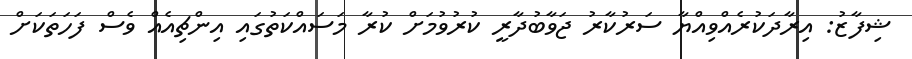
ޝިފާޒު: އިރާދަކުރެއްވިއްޔާ ސަރުކާރު ޖަވާބުދާރީ ކުރުވުމަށް ކުރާ މަސައްކަތުގައި އިންޗިއެއް ވެސް ފަހަތަކަށް